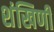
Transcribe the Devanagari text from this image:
शंखिणी